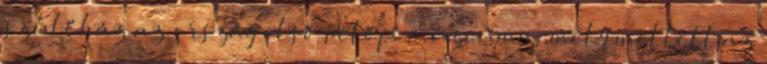
szülőház az ország első Petőfi múzeuma, mely mellett az